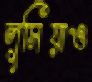
লুসিয়াও